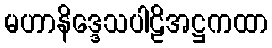
မဟာနိဒ္ဒေသပါဠိအဋ္ဌကထာ